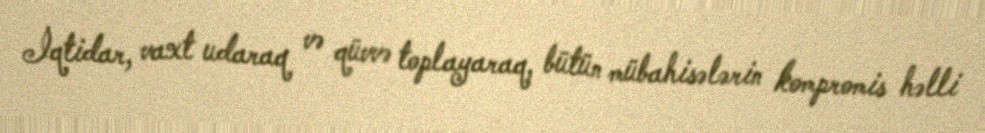
İqtidar, vaxt udaraq və qüvvə toplayaraq, bütün mübahisələrin kompromis həlli